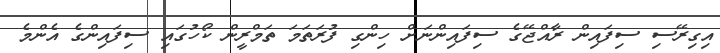
އިގިރޭސި ސިފައިން ރާއްޖޭގެ ސިފައިންނަށް ހިންގި ފުރަތަމަ ތަމްރީން ކޯހުގައި ސިފައިންގެ އެންމެ